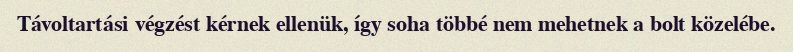
Távoltartási végzést kérnek ellenük, így soha többé nem mehetnek a bolt közelébe.